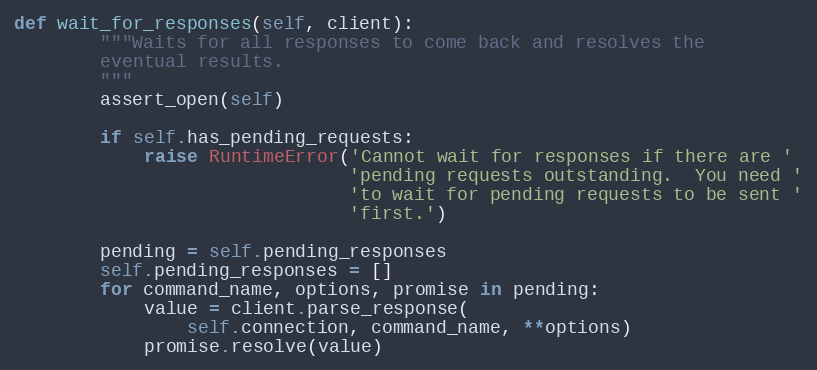
Language: Python
def wait_for_responses(self, client):
        """Waits for all responses to come back and resolves the
        eventual results.
        """
        assert_open(self)

        if self.has_pending_requests:
            raise RuntimeError('Cannot wait for responses if there are '
                               'pending requests outstanding.  You need '
                               'to wait for pending requests to be sent '
                               'first.')

        pending = self.pending_responses
        self.pending_responses = []
        for command_name, options, promise in pending:
            value = client.parse_response(
                self.connection, command_name, **options)
            promise.resolve(value)